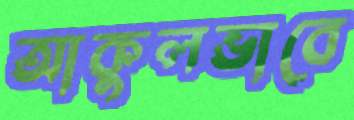
আকুলভাবে